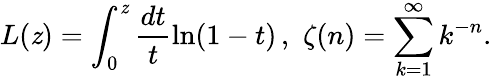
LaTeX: L(\mathit{z})=\int_{0}^{\mathit{z}}\frac{{dt}}{t}\ln(1-t)\, ,\, \, \zeta(n)=\sum_{k=1}^{\infty}k^{-n}.